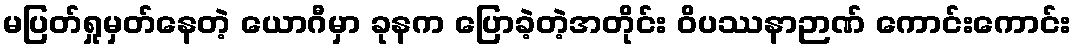
မပြတ်ရှုမှတ်နေတဲ့ ယောဂီမှာ ခုနက ပြောခဲ့တဲ့အတိုင်း ဝိပဿနာဉာဏ် ကောင်းကောင်း